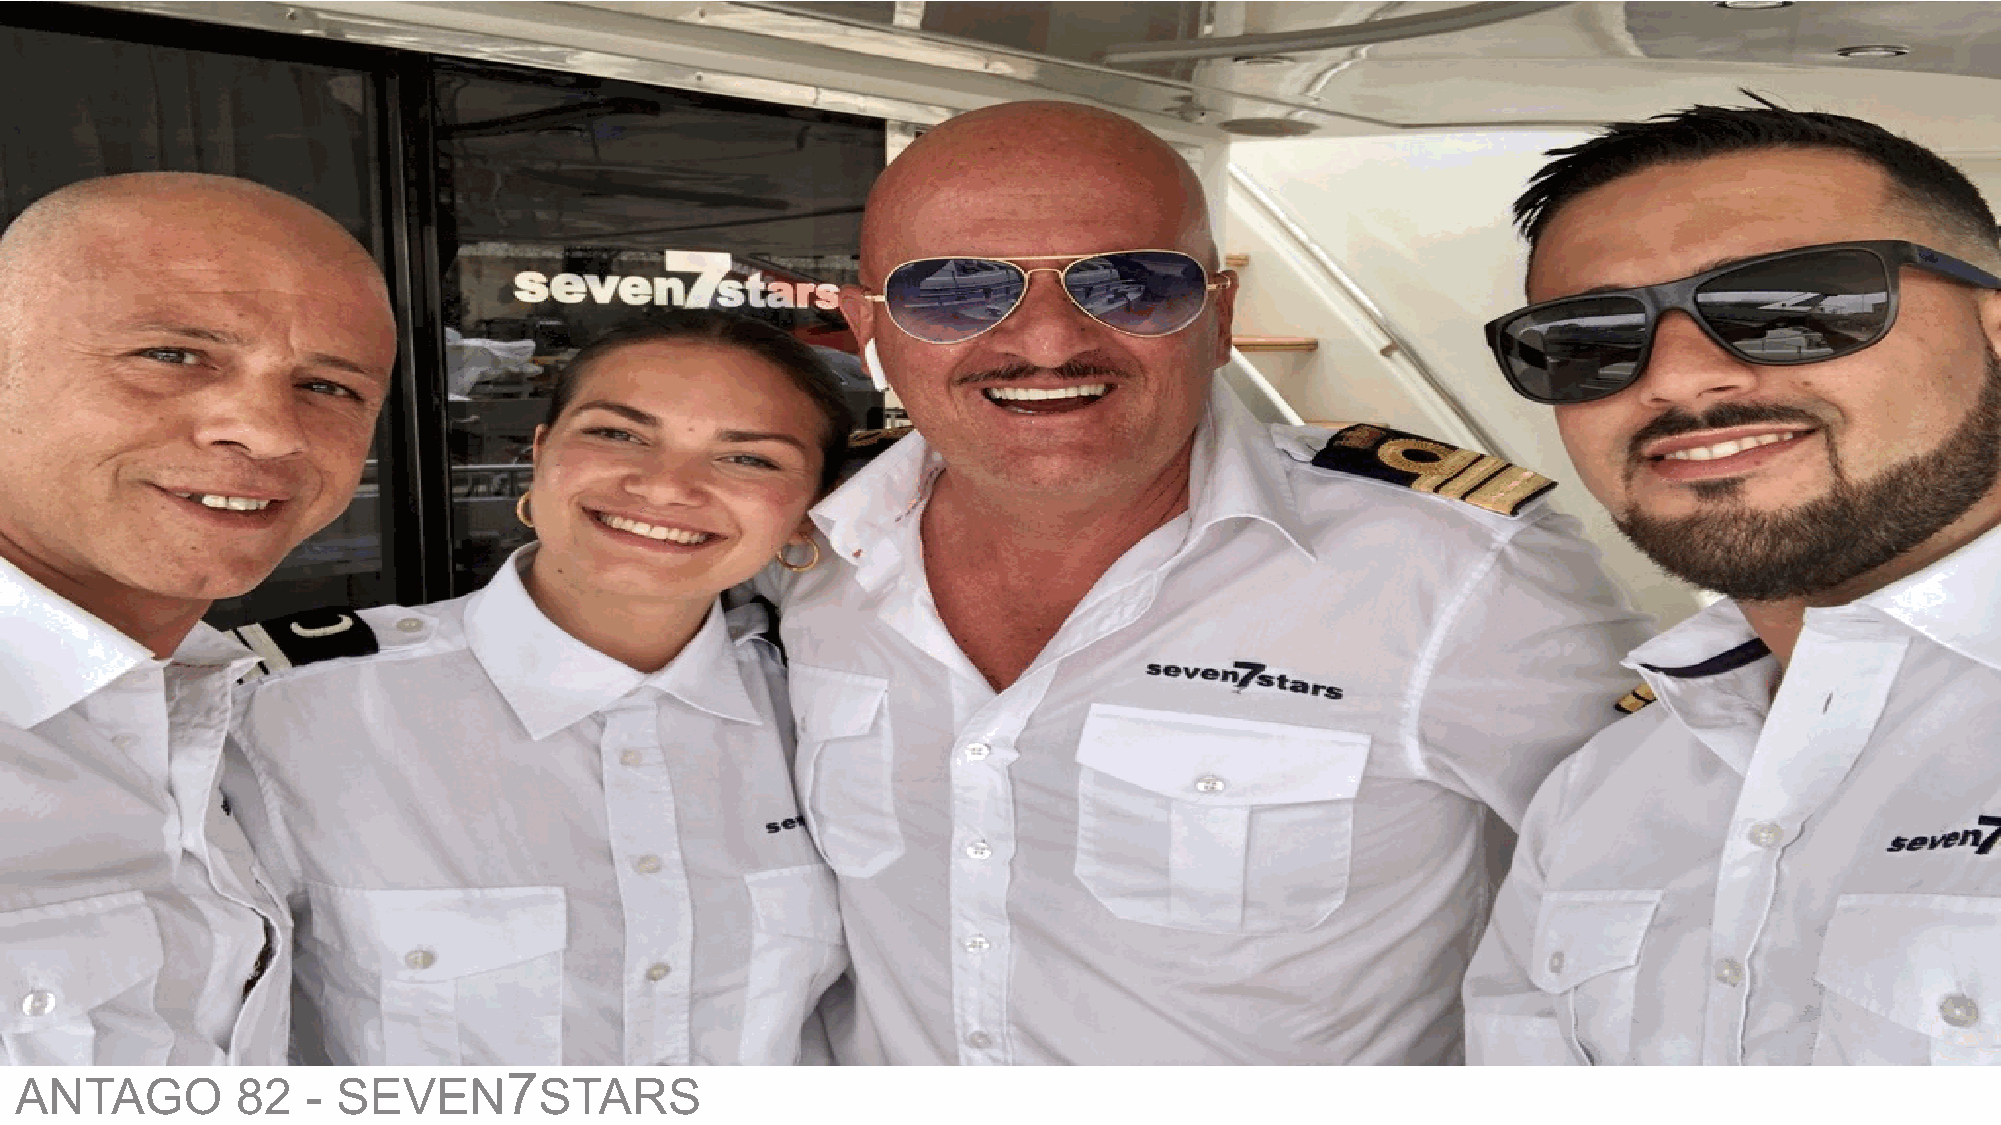
7
 ANTAGO         82  - SEVEN         STARS